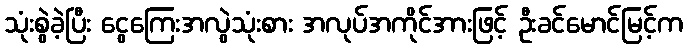
သုံးစွဲခဲ့ပြီး ငွေကြေးအလွဲသုံးစား အလုပ်အကိုင်အားဖြင့် ဦးခင်မောင်မြင့်က